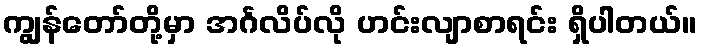
ကျွန်တော်တို့မှာ အင်္ဂလိပ်လို ဟင်းလျာစာရင်း ရှိပါတယ်။